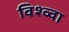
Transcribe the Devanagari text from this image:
विश्व्वा